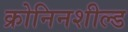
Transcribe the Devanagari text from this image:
क्रोनिनशील्ड